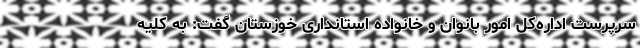
سرپرست اداره‌کل امور بانوان و خانواده استانداری خوزستان گفت: به کلیه